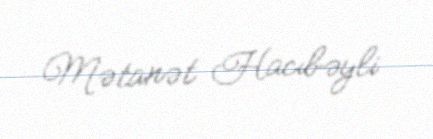
Mətanət Hacıbəyli